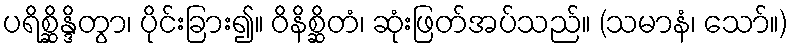
ပရိစ္ဆိန္ဒိတွာ၊ ပိုင်းခြား၍။ ဝိနိစ္ဆိတံ၊ ဆုံးဖြတ်အပ်သည်။ (သမာနံ၊ သော်။)